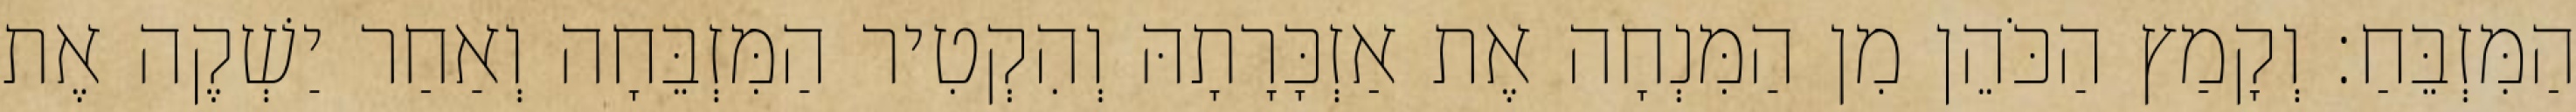
הַמִּזְבֵּחַ׃ וְקָמַץ הַכֹּהֵן מִן הַמִּנְחָה אֶת אַזְכָּרָתָהּ וְהִקְטִיר הַמִּזְבֵּחָה וְאַחַר יַשְׁקֶה אֶת